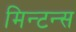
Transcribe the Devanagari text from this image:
मिन्टन्स